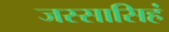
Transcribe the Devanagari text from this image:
जस्सासिहं